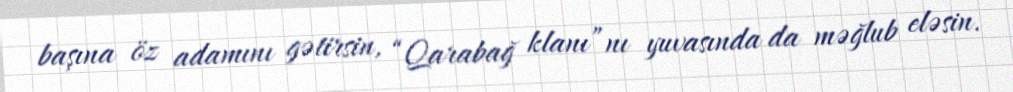
başına öz adamını gətirsin, “Qarabağ klanı”nı yuvasında da məğlub eləsin.